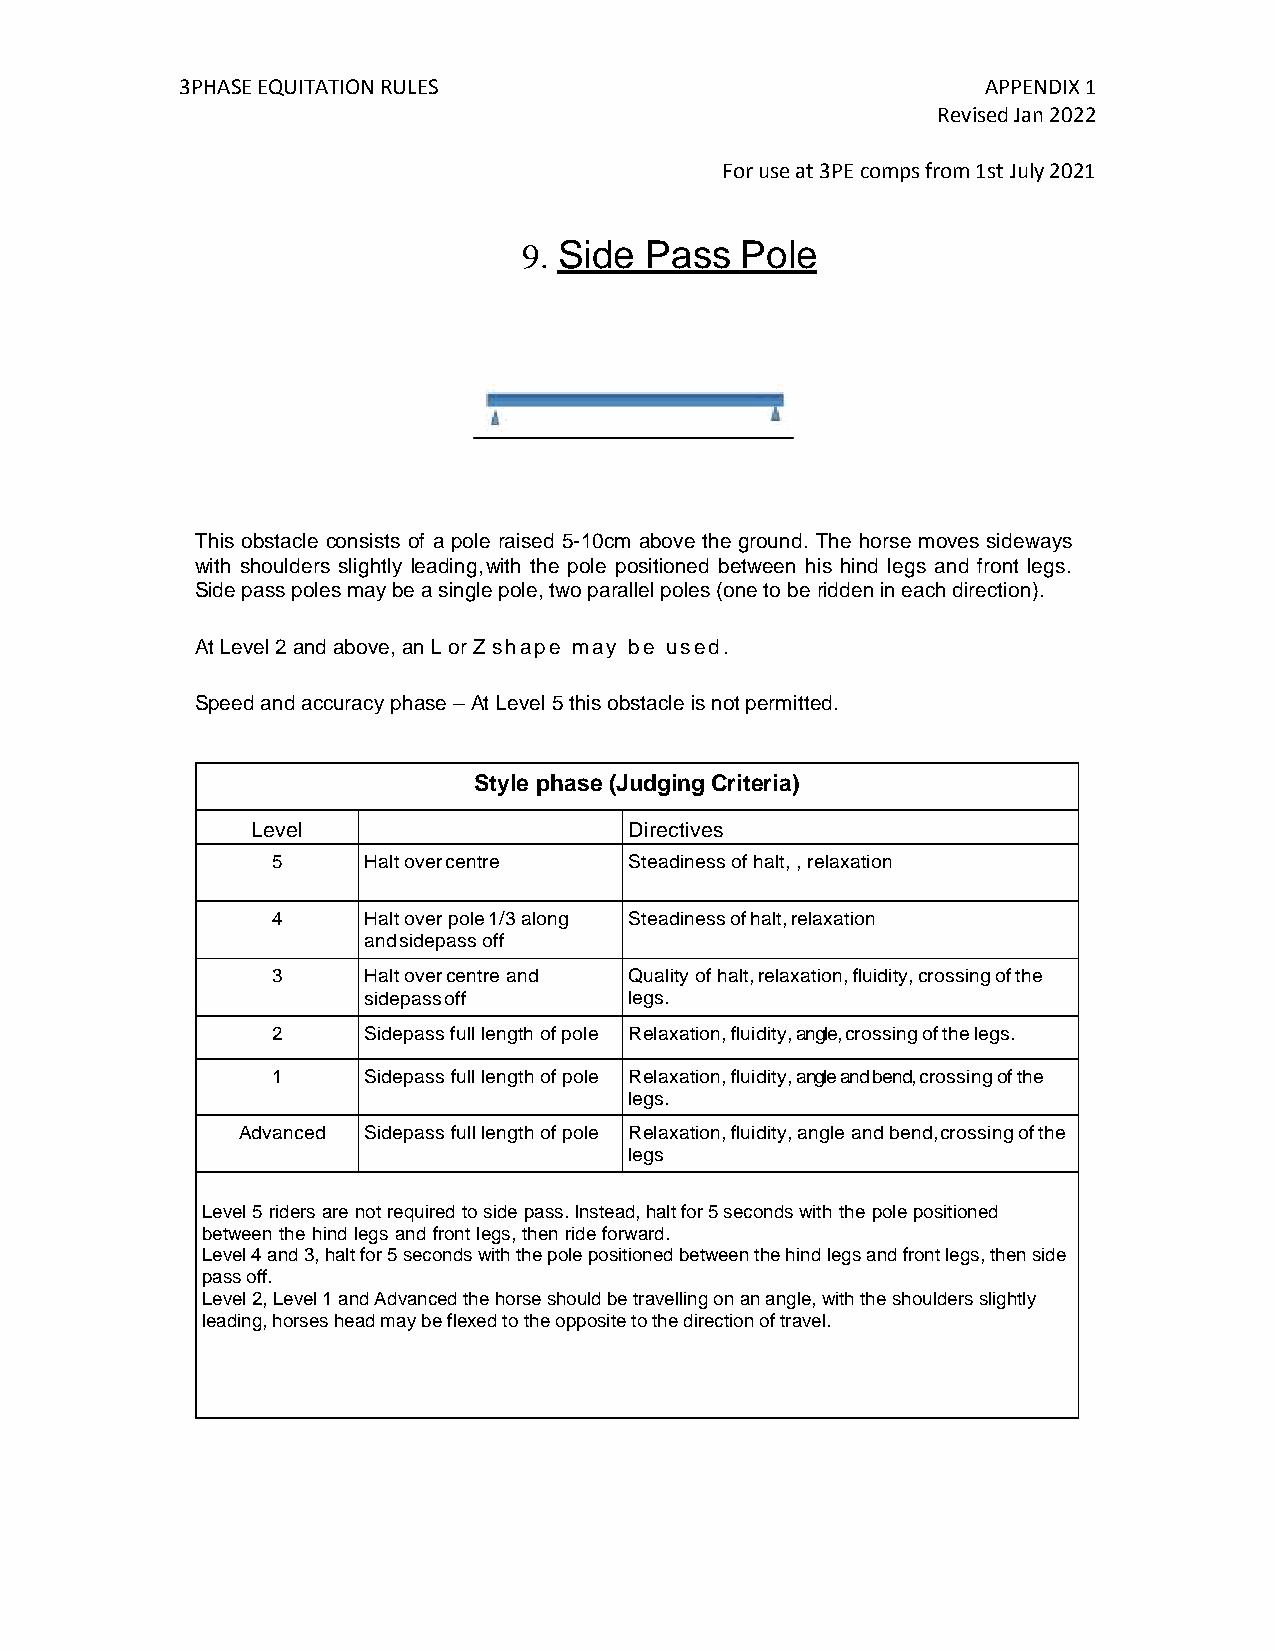
3PHASE EQUITATION RULES                              APPENDIX 1
 Revised Jan 2022
 For use at 3PE comps from 1st July 2021
 9. Side Pass  Pole
 This obstacle consists of a pole raised 5-10cm above the ground. The horse moves sideways
 with shoulders slightly leading, with the pole positioned between his hind legs and front legs.
 Side pass poles may be a single pole, two parallel poles (one to be ridden in each direction).
 At Level 2 and above, an L or Z shape may be used.
 Speed and accuracy phase – At Level 5 this obstacle is not permitted.
 Style phase (Judging Criteria)
 Level                    Directives
 5     Halt over centre  Steadiness of halt, , relaxation
 4     Halt over pole 1/3 along Steadiness of halt, relaxation
 and sidepass off
 3     Halt over centre and Quality of halt, relaxation, fluidity, crossing of the
 sidepass off      legs.
 2     Sidepass full length of pole Relaxation, fluidity, angle, crossing of the legs.
 1     Sidepass full length of pole Relaxation, fluidity, angle and bend, crossing of the
 legs.
 Advanced Sidepass full length of pole Relaxation, fluidity, angle and bend, crossing of the
 legs
 Level 5 riders are not required to side pass. Instead, halt for 5 seconds with the pole positioned
 between the hind legs and front legs, then ride forward.
 Level 4 and 3, halt for 5 seconds with the pole positioned between the hind legs and front legs, then side
 pass off.
 Level 2, Level 1 and Advanced the horse should be travelling on an angle, with the shoulders slightly
 leading, horses head may be flexed to the opposite to the direction of travel.